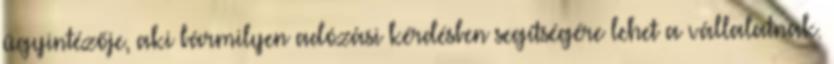
ügyintézője, aki bármilyen adózási kérdésben segítségére lehet a vállalatnak.